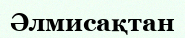
Әлмисақтан